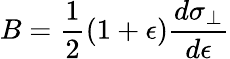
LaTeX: B=\frac{1}{2}(1+\epsilon)\frac{d\sigma_{\perp}}{d\epsilon}